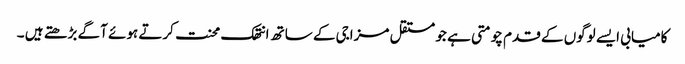
کامیابی ایسے لوگوں کے قدم چومتی ہے جو مستقل مزاجی کے ساتھ انتھک محنت کرتے ہوئے آگے بڑھتے ہیں ۔